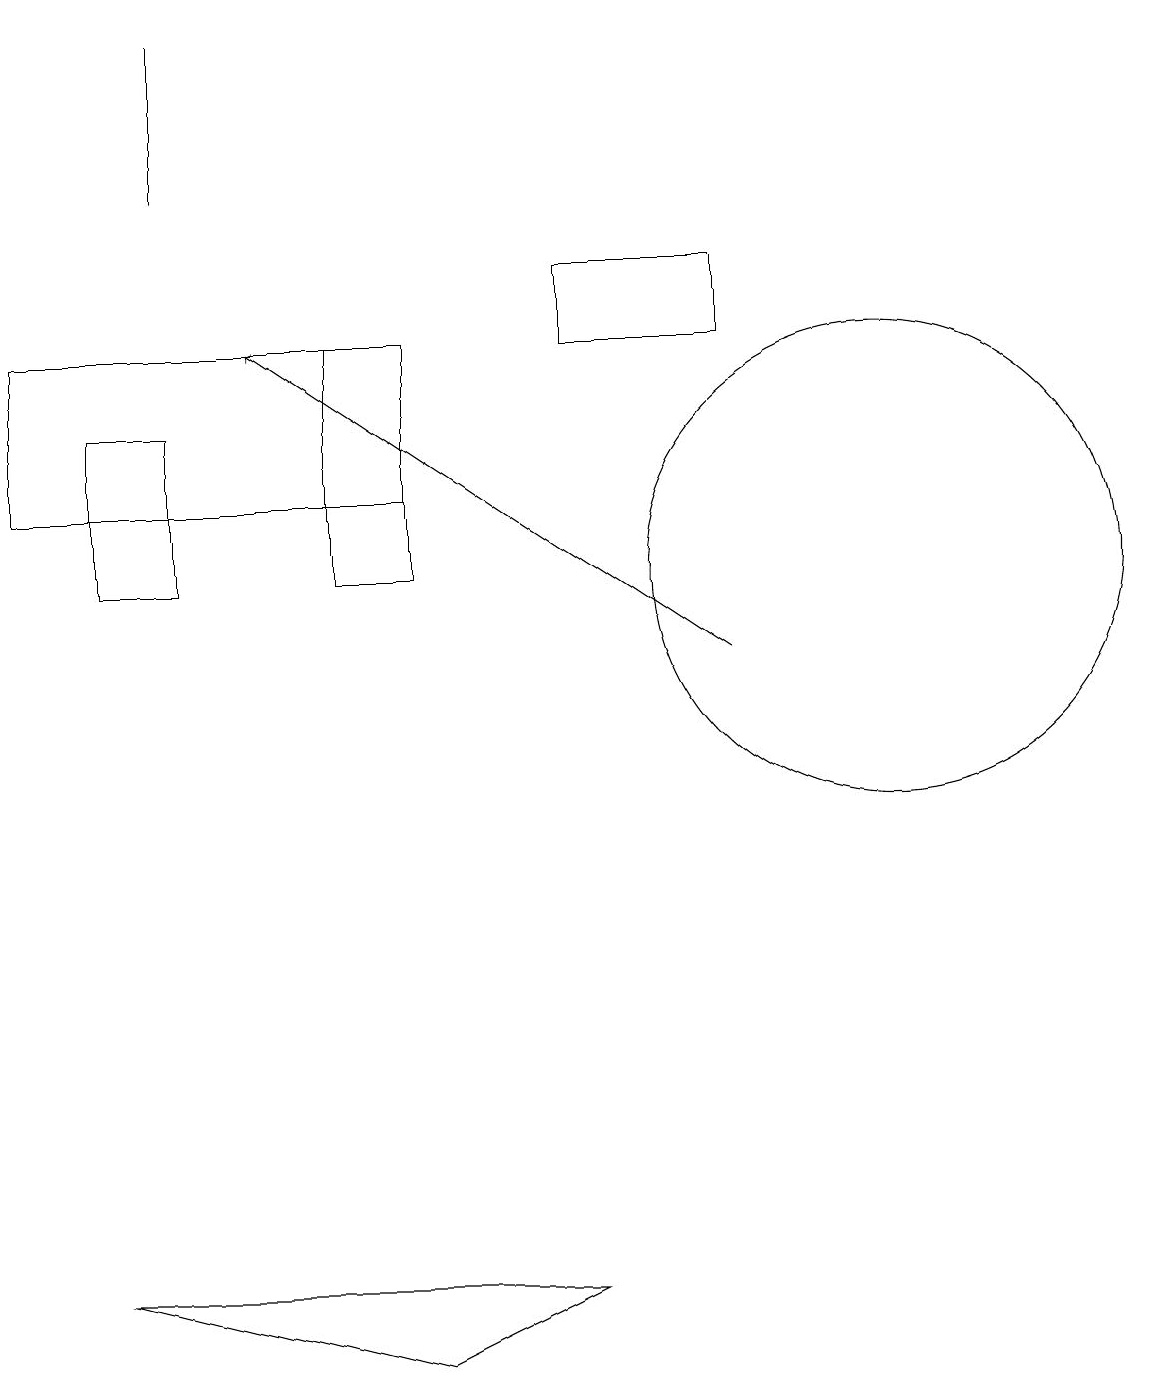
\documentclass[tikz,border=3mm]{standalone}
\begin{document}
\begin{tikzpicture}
\draw (7,15) rectangle (9,14);
\draw (2,18) rectangle (2,16);
\draw (5,11) rectangle (4,14);
\draw (5,12) rectangle (0,14);
\draw (1,2) -- (7,2) -- (5,1) -- cycle;
\draw (1,13) rectangle (2,11);
\draw (11,11) circle (3);
\draw[->] (9,10) -- (3,14);
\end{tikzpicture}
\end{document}